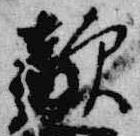
敵